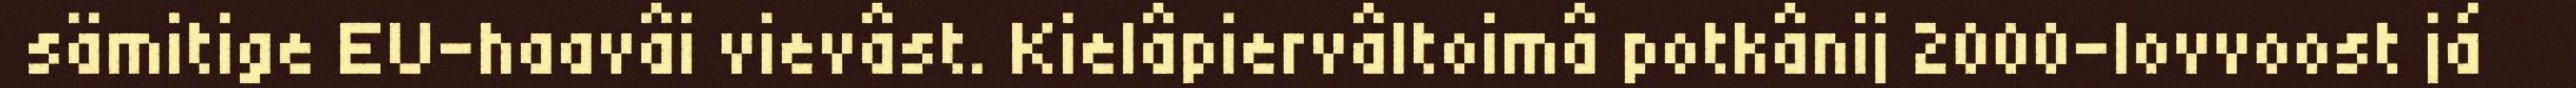
sämitige EU-haavâi vievâst. Kielâpiervâltoimâ potkânij 2000-lovvoost já